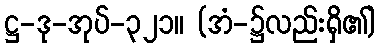
ဋ္ဌ-ဒု-အုပ်-၃၂၁။ (အံ-၌လည်းရှိ၏)